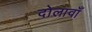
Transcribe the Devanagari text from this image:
दोलावाँ